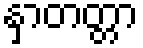
နှာတတ္တာ